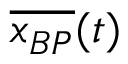
\overline { { x _ { B P } } } ( t )